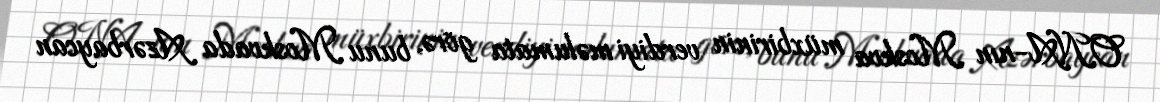
ONA-nın Moskva müxbirinin verdiyi məlumata görə, bunu Moskvada Azərbaycan